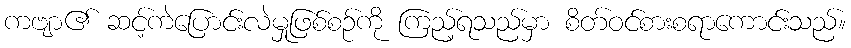
ကဗျာ၏ ဆင့်ကဲပြောင်းလဲမှုဖြစ်စဉ်ကို ကြည့်ရသည်မှာ စိတ်ဝင်စားစရာကောင်းသည်။